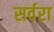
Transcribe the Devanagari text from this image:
सर्वरा